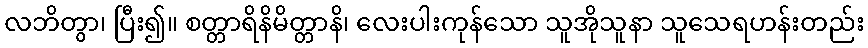
လဘိတွာ၊ ပြီး၍။ စတ္တာရိနိမိတ္တာနိ၊ လေးပါးကုန်သော သူအိုသူနာ သူသေရဟန်းတည်း